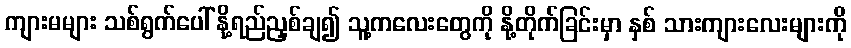
ကျားမများ သစ်ရွက်ပေါ် နို့ရည်ညှစ်ချ၍ သူ့ကလေးတွေကို နို့တိုက်ခြင်းမှာ နှစ် သားကျားလေးများကို